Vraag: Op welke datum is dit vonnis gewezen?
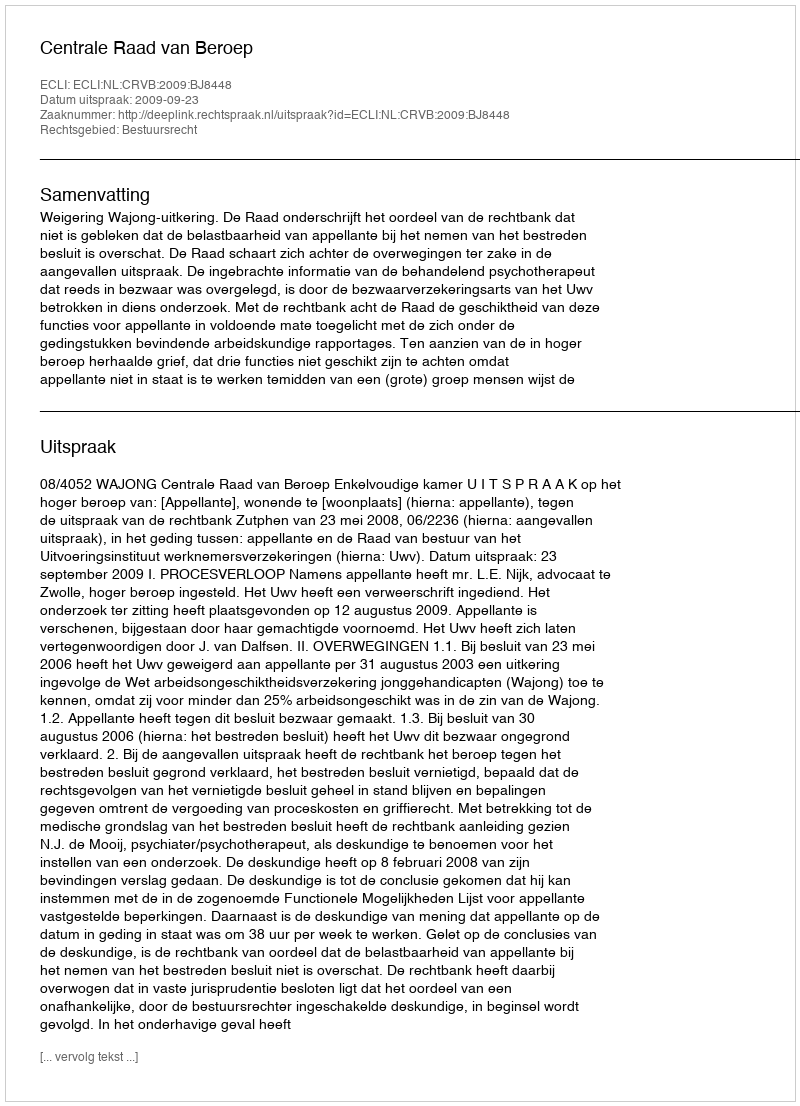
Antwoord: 2009-09-23